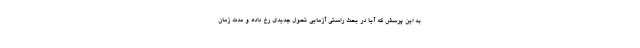
به این پرسش که آیا در بحث راستی آزمایی تحول جدیدی رخ داده و مدت زمان